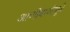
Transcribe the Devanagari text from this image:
आणीबाणीमुळे